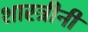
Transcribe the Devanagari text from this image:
शास्त्रीनी